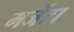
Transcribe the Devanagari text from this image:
मजेंटा